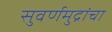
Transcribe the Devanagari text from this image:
सुवर्णमुद्रांचा